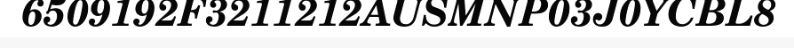
6509192F3211212AUSMNP03J0YCBL8